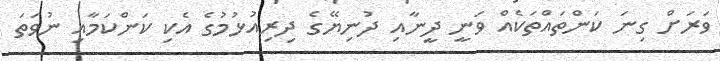
ވަރަށް ގިނަ ކަންތައްތަކެއް ވަނީ ދީނާއި ދުނިޔޭގެ ދިރިއުޅުމުގެ އެކި ކަންކަމާއި ނުވަތަ